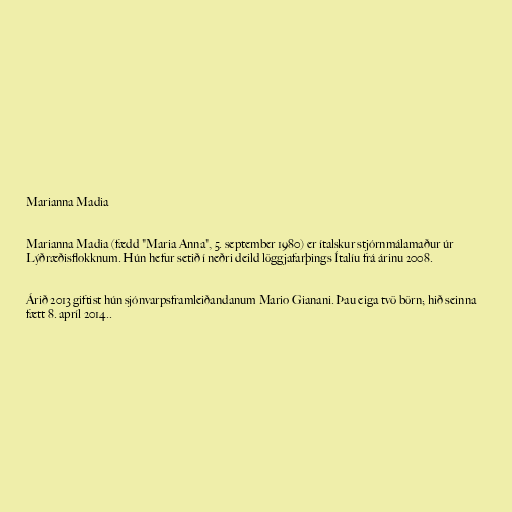
Marianna Madia

Marianna Madia (fædd "Maria Anna", 5. september 1980) er ítalskur stjórnmálamaður úr
Lýðræðisflokknum. Hún hefur setið í neðri deild löggjafarþings Ítalíu frá árinu 2008.

Árið 2013 giftist hún sjónvarpsframleiðandanum Mario Gianani. Þau eiga tvö börn; hið seinna
fætt 8. apríl 2014..